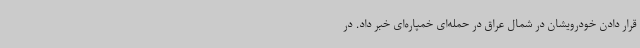
قرار دادن خودرویشان در شمال عراق در حمله‌ای خمپاره‌ای خبر داد. در